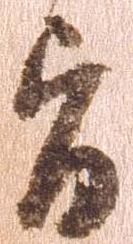
旨